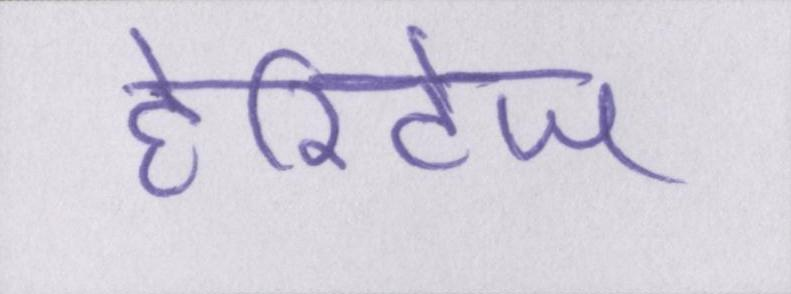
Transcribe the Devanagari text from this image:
हेरिटेज